Report of the Indian Hemp Drugs Commission, 1894-1895 - Volume V
Year: 1894
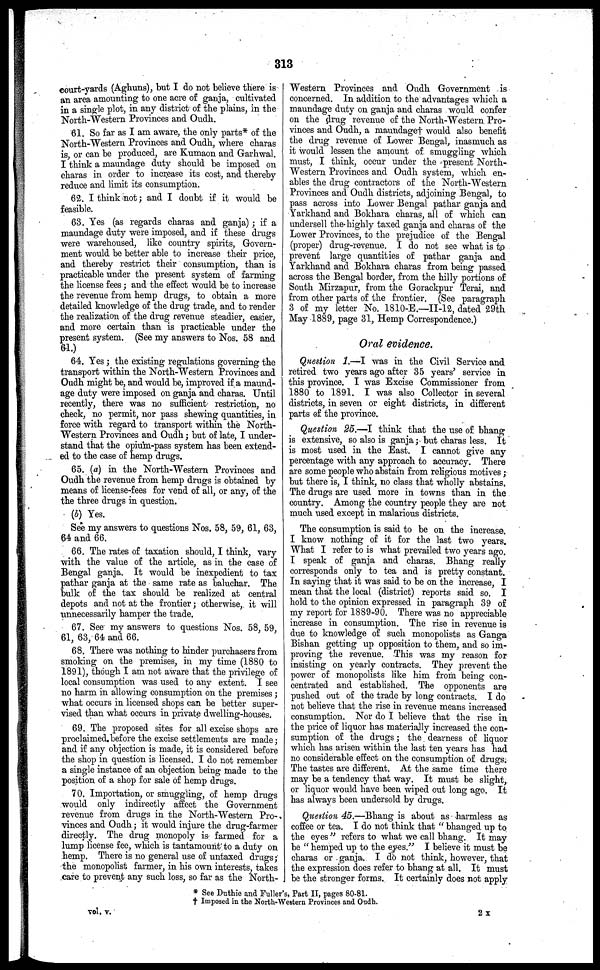
313
court-yards (Aghuns), but I do not believe there is
an area amounting to one acre of ganja, cultivated
in a single plot, in any district of the plains, in the
North-Western Provinces and Oudh.
61. So far as I am aware, the only parts* of the
North-Western Provinces and Oudh, where charas
is, or can be produced, are Kumaon and Garhwal.
I think a maundage duty should be imposed on
charas in order to increase its cost, and thereby
reduce and limit its consumption.
62. I think not; and I doubt if it would be
feasible.
63. Yes (as regards charas and ganja); if a
maundage duty were imposed, and if these drugs
were warehoused, like country spirits, Govern-
ment would be better able to increase their price,
and thereby restrict their consumption, than is
practicable under the present system of farming
the license fees; and the effect would be to increase
the revenue from hemp drugs, to obtain a more
detailed knowledge of the drug trade, and to render
the realization of the drug revenue steadier, easier,
and more certain than is practicable under the
present system. (See my answers to Nos. 58 and
61.)
64. Yes; the existing regulations governing the
transport within the North-Western Provinces and
Oudh might be, and would be, improved if a maund-
age duty were imposed on ganja and charas. Until
recently, there was no sufficient restriction, no
check, no permit, nor pass shewing quantities, in
force with regard to transport within the North-
-estern Provinces and Oudh; but of late, I under-
stand that the opium-pass system has been extend-
ed to the case of hemp drugs.
65. (a) in the North-Western Provinces and
Oudh the revenue from hemp drugs is obtained by
means of license-fees for vend of all, or any, of the
the three drugs in question.
(b) Yes.
See my answers to questions Nos. 58, 59, 61, 63,
64 and 66.
66. The rates of taxation should, I think, vary
with the value of the article, as in the case of
Bengal ganja. It would be inexpedient to tax
pathar ganja at the same rate as baluchar. The
bulk of the tax should be realized at central
depots and not at the frontier; otherwise, it will
unnecessarily hamper the trade.
67. See my answers to questions Nos. 58, 59,
61, 63, 64 and 66.
68. There was nothing to hinder purchasers from
smoking on the premises, in my time (1880 to
1891), though I am not aware that the privilege of
local consumption was used to any extent. I see
no harm in allowing consumption on the premises;
what occurs in licensed shops can be better super-
vised than what occurs in private dwelling-houses.
69. The proposed sites for all excise shops are
proclaimed before the excise settlements are made;
and if any objection is made, it is considered before
the shop in question is licensed. I do not remember
a single instance of an objection being made to the
position of a shop for sale of hemp drugs.
70. Importation, or smuggling, of hemp drugs
would only indirectly affect the Government
revenue from drugs in the North-Western Pro-
vinces and Oudh; it would injure the drug-farmer
directly. The drug monopoly is farmed for a
lump license fee, which is tantamount to a duty on
hemp. There is no general use of untaxed drugs;
the monopolist farmer, in his own interests, takes
care to prevent any such loss, so far as the North-
Western Provinces and Oudh Government is
concerned. In addition to the advantages which a
maundage duty on ganja and charas would confer
on the drug revenue of the North-Western Pro-
vinces and Oudh, a maundage† would also benefit
the drug revenue of Lower Bengal, inasmuch as
it would lessen the amount of smuggling which
must, I think, occur under the present North-
Western Provinces and Oudh system, which en-
ables the drug contractors of the North-Western
Provinces and Oudh districts, adjoining Bengal, to
pass across into Lower Bengal pathar ganja and
Yarkhand and Bokhara charas, all of which can
undersell the highly taxed ganja and charas of the
Lower Provinces, to the prejudice of the Bengal
(proper) drug-revenue. I do not see what is to
prevent large quantities of pathar ganja and
Yarkhand and Bokhara charas from being passed
across the Bengal border, from the hilly portions of
South Mirzapur, from the Gorackpur Terai, and
from other parts of the frontier. (See paragraph
3 of my letter No. 1810-E.—II-12, dated 29th
May 1889, page 31, Hemp Correspondence.)
Oral evidence.
Question 1.—I was in the Civil Service and
retired two years ago after 35 years' service in
this province. I was Excise Commissioner from
1880 to 1891. I was also Collector in several
districts, in seven or eight districts, in different
parts of the province.
Question 25.—I think that the use of bhang
is extensive, so also is ganja; but charas less. It
is most used in the East. I cannot give any
percentage with any approach to accuracy. There
are some people who abstain from religious motives;
but there is, I think, no class that wholly abstains.
The drugs arc used more in towns than in the
country. Among the country people they are not
much used except in malarious districts.
The consumption is said to be on the increase.
I know nothing of it for the last two years.
What I refer to is what prevailed two years ago.
I speak of ganja and charas. Bhang really
corresponds only to tea and is pretty constant.
In saying that it was said to be on the increase, I
mean that the local (district) reports said so. I
hold to the opinion expressed in paragraph 39 of
my report for 1889-90. There was no appreciable
increase in consumption. The rise in revenue is
due to knowledge of such monopolists as Ganga
Bishan getting up opposition to them, and so im-
proving the revenue. This was my reason for
insisting on yearly contracts. They prevent the
power of monopolists like him from being con-
centrated and established. The opponents are
pushed out of the trade by long contracts. I do
not believe that the rise in revenue means increased
consumption. Nor do I believe that the rise in
the price of liquor has materially increased the con-
sumption of the drugs; the dearness of liquor
which has arisen within the last ten years has had
no considerable effect on the consumption of drugs.
The tastes are different. At the same time there
may be a tendency that way. It must be slight,
or liquor would have been wiped out long ago. It
has always been undersold by drugs.
Question 45.—Bhang is about as harmless as
coffee or tea. I do not think that "bhanged up to
the eyes" refers to what we call bhang. It may
be "hemped up to the eyes." I believe it must be
charas or ganja. I do not think, however, that
the expression does refer to bhang at all. It must
be the stronger forms. It certainly does not apply
* See Duthie and Fuller's, Part II, pages 80-81.
† Imposed in the North-Western Provinces and Oudh.
vol. v.
2X